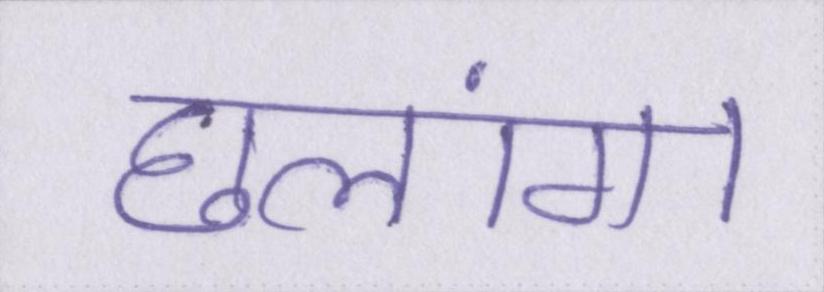
छलांग।